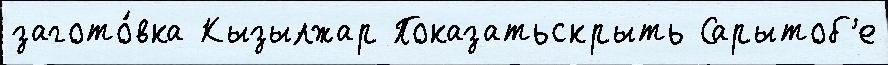
загото́вка Кызылжар Показатьскрыть Сарытоб'е